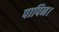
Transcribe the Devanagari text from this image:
पापिन।